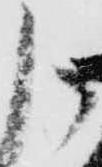
申